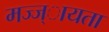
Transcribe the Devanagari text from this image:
मज्ज्ायता